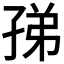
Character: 𡥩